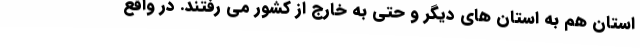
استان هم به استان های دیگر و حتی به خارج از کشور می رفتند. در واقع